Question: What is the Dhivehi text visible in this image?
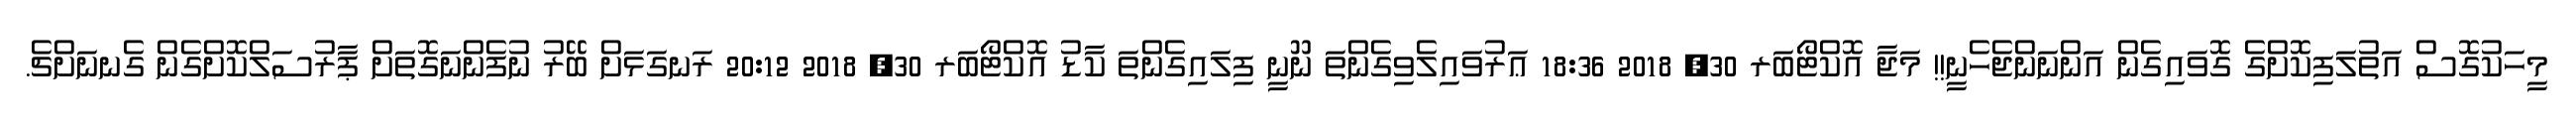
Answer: މީހަކުގޮސް އަތުލަފިކޮށްގެ ގޮވައިގެން އަންނަންޖެހެނީ!! މަޖާ އޮކްޓޯބަރ 30, 2018 18:36 ޢަރުވައިލެވިގެންތަ ނޫނީ ފިލައިގެންތަ ކާޑު އޮކްޓޯބަރ 30, 2018 20:12 ރަނގަޅަށް ބޭރު ނުފެންނަގޮތަށް ޕާރުސަލްކޮށްގެން ގެނނަށްޗެ.